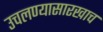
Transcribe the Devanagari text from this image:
उचलण्यासारखाच